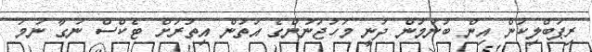
ރިޕަބްލިކަން އިން ބުނަމުން ދަނީ މަހުޖަނުންގެ އަތުން އިތުރަށް ޓެކްސް ނަގާ ނަމަ